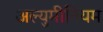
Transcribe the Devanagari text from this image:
अल्युमीनियम